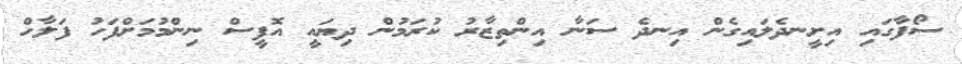
ސޯފާގައި އިށީނދެލައިގެން އިނދެ ސަނާ އިންތިޒާރު ކުރަމުން ދިޔައީ އޮފީސް ނިންމުމަށްފަހު ފަލާހް